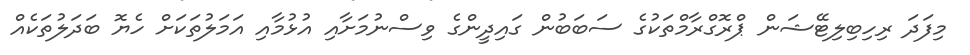
މިފަދަ ރިހިބިލިޓޭޝަން ޕްރޮގްރާމްތަކުގެ ސަބަބުން ގައިދީންގެ ވިސްނުމަށާއި އުޅުމާއި އަމަލުތަކަށް ހެޔޮ ބަދަލުތަކެއް